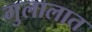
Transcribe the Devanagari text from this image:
गुलालात